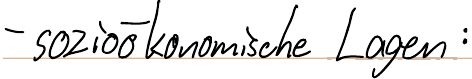
- sozioökonomische Lagen: